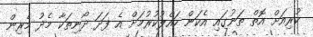
ކުރިއަށް އޮތް ތަނުގައި އެކަން ހައްލުކުރުމަށް އެ ފަދަ ދޯނިތަކާ މެދު މެރިން